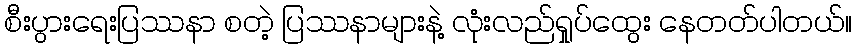
စီးပွားရေးပြဿနာ စတဲ့ ပြဿနာများနဲ့ လုံးလည်ရှုပ်ထွေး နေတတ်ပါတယ်။